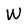
Character: W